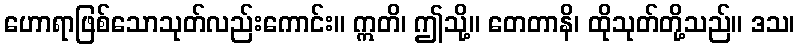
ဟောရာဖြစ်သောသုတ်လည်းကောင်း။ ဣတိ၊ ဤသို့။ တေတာနိ၊ ထိုသုတ်တို့သည်။ ဒသ၊